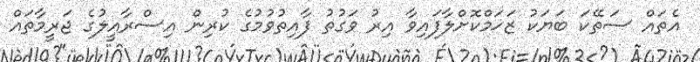
އެތައް ސަތޭކަ ބަޔަކު ޒަޚަމްކޮށްލާފައިވާ އިރު ވަގުތު ފާއިތުވުމުގެ ކުރިން އިސްރާއީލުގެ ޖަރީމާތައް